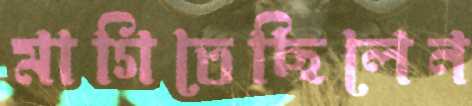
মাগিতেছিলেন